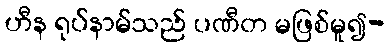
ဟီန ရုပ်နာမ်သည် ပဏီတ မဖြစ်မူ၍-